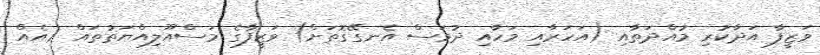
ވަޒީފާ އަދާކުރި މުއްދަތާއި (އަހަރާއި މަހާއި ދުވަސް އެނގޭގޮތަށް) ވަޒީފާގެ މަސްއޫލިއްޔަތުތައް (އެއް